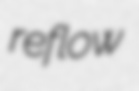
reflow